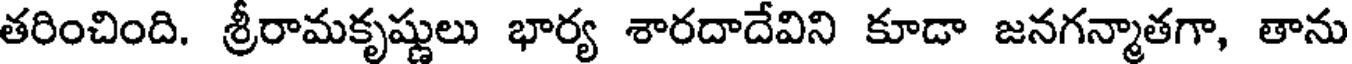
తరించింది. శ్రీరామకృష్ణులు భార్య శారదాదేవిని కూడా జనగన్మాతగా, తాను